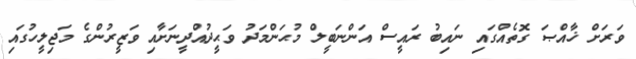
ވަރަށް ޚާއްޞަ ގޮތެއްގައި ނައިބު ރައީސް އަންނަބީލް މުޙަންމަދު ވަޙީދުއްދީނަށާއި ވަޒީރުންގެ މަޖިލީހުގައި